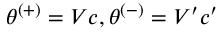
\theta ^ { ( + ) } = V c , \theta ^ { ( - ) } = V ^ { \prime } c ^ { \prime }